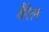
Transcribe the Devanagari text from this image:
वैरेल